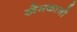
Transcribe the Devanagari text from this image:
खेमकाजी